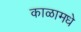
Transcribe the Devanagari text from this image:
काळामधे